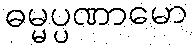
ဓမ္မပ္ပဏာမော